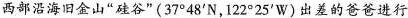
西部沿海旧金山”硅谷”(37°48'N，122°25'W)出差的爸爸进行